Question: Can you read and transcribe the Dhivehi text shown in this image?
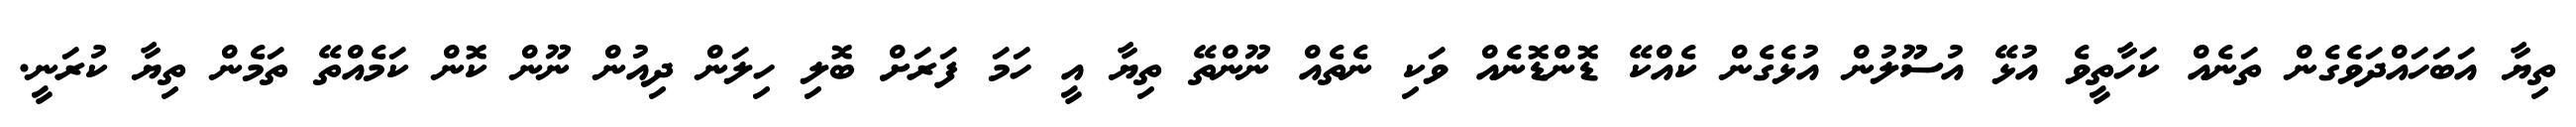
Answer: ތިޔާ އަބަހައްދަވެގެން ތަނެއް ކަހާތީވެ އުޅޭ އުސޫލުން އުޅެގެން ކެއްކޭ ޑޮންޑޮނެއް ވަކި ނެތެއް ނޫންތޭ ތިޔާ އީ ހަމަ ފަރަށް ބޮލި ހިލަން ދިއުން ނޫން ކޮން ކަމެއްތޭ ތަމެން ތިޔާ ކުރަނީ.